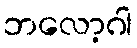
ဘလော့ဂါ